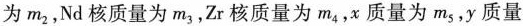
为m_{2} ，Nd核质量为m_{3} ，Zr核质量为m_{4} ，x质量为m_{5} ，y质量